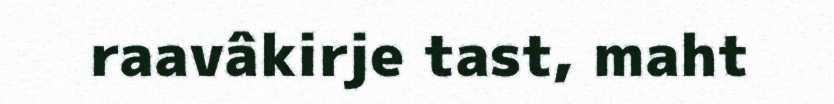
raavâkirje tast, maht